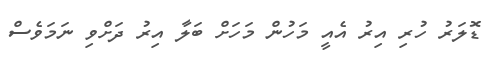
ޑޮލަރު ހުރި އިރު އެއީ މަހުން މަހަށް ބަލާ އިރު ދަށްވި ނަމަވެސް